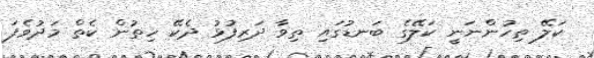
ކަލޭ ތިހުންނަނީ ކަލޭގެ ބަނޑުގައި ތިވާ ދަރިފުޅު ދެކޭ ހިތުން ކެތް މަދުވެފަ